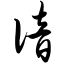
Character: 谙